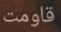
قاومت